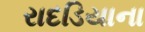
રાદડિયાના